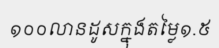
១០០លានដូសក្នុងតម្លៃ១.៥